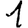
Digit: 1